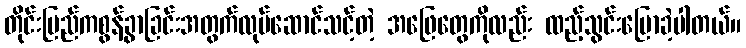
တိုင်းပြည်ကစွန့်ခွာခြင်းအတွက်လုပ်ဆောင်သင့်တဲ့ အဖြေတွေကိုလည်း ထည့်သွင်းပြောခဲ့ပါတယ်။